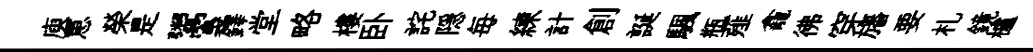
庾罳榮是鬻裊鐸堂略樓卧詫隠毎練計創誕颿瓶薤龕彿穿旛要札鏡櫨